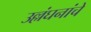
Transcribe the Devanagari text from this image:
उल्लंघनांचे